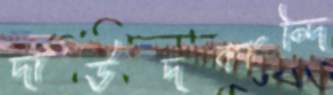
দাউদকান্দি